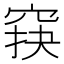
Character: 䆢